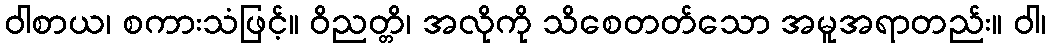
ဝါစာယ၊ စကားသံဖြင့်။ ဝိညတ္တိ၊ အလိုကို သိစေတတ်သော အမူအရာတည်း။ ဝါ၊